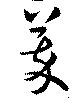
萃